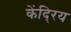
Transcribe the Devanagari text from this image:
केंदि्रय